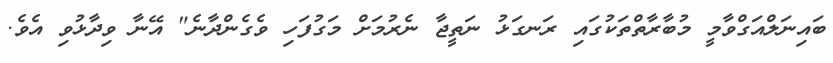
ބައިނަލްއަގްވާމީ މުބާރާތްތަކުގައި ރަނގަޅު ނަތީޖާ ނެރުމަށް މަގުފަހި ވެގެންދާނެ" އޭނާ ވިދާޅުވި އެވެ.